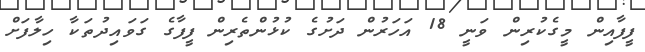
ފީފާއިން މީގެކުރިން ވަނީ 18 އަހަރުން ދަށުގެ ކުޅުންތެރިން ފީފާގެ ގަވައިދުތަކާ ހިލާފަށް